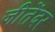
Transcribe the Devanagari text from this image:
जीतेंदर